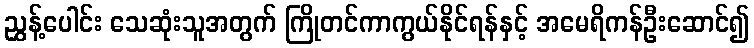
ညွှန့်ပေါင်း သေဆုံးသူအတွက် ကြိုတင်ကာကွယ်နိုင်ရန်နှင့် အမေရိကန်ဦးဆောင်၍